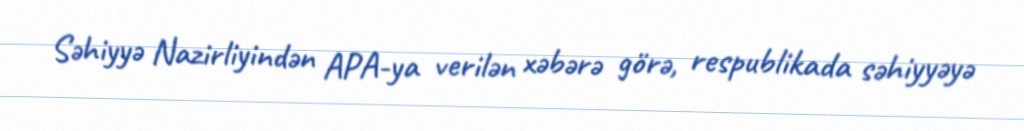
Səhiyyə Nazirliyindən APA-ya verilən xəbərə görə, respublikada səhiyyəyə